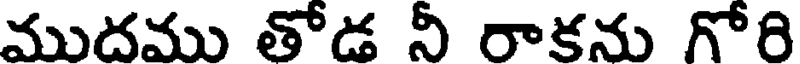
ముదము తోడ నీ రాకను గోరి